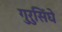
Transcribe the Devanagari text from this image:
गुरुसिंघे